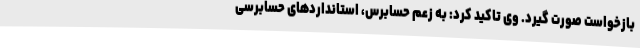
بازخواست صورت گیرد. وی تاکید کرد: به زعم حسابرس، استانداردهای حسابرسی